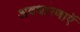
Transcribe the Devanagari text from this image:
अवधारणाएॅ